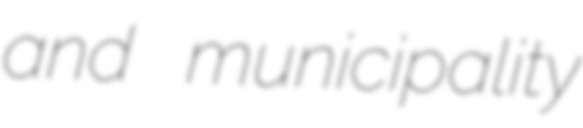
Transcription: and municipality